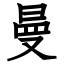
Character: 曼